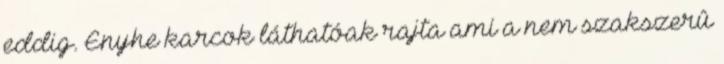
eddig. Enyhe karcok láthatóak rajta ami a nem szakszerû